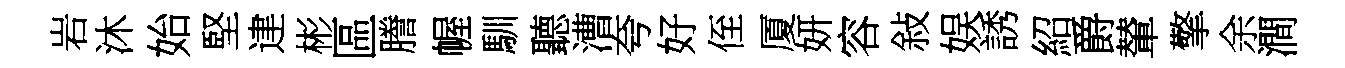
岩沐始堅䢖彬區謄幄馴聽漕夸好侄厦妍容敍娱誘紹爵輦擎余澗